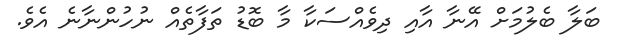
ބަލާ ބެލުމަށް އޭނާ އާއި ދިވެއްސަކާ މާ ބޮޑު ތަފާތެއް ނުހުންނާނެ އެވެ.